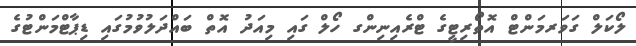
ލޯކަލް ގަވަރމަންޓް އޮތޯރިޓީގެ ޓްރެއިނިންގ ހޯލް ގައި މިއަދު އޮތް ބައްދަލުވުމުގައި ޑިޕާޓްމަންޓުގެ